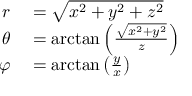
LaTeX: \begin{array} { r l } { r } & { { } = { \sqrt { x ^ { 2 } + y ^ { 2 } + z ^ { 2 } } } } \\ { \theta } & { { } = \arctan \left( { \frac { \sqrt { x ^ { 2 } + y ^ { 2 } } } { z } } \right) } \\ { \varphi } & { { } = \arctan \left( { \frac { y } { x } } \right) } \end{array}